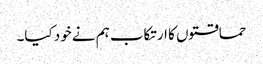
حماقتوں کا ارتکاب ہم نے خود کیا۔